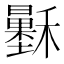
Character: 𥣷